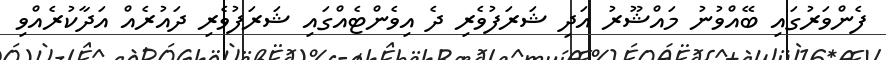
ފެންވަރުގައި ބޭއްވުނު މައްޝޫރު އަދި ޝަރަފުވެރި ދެ އިވެންޓެއްގައި ޝަރަފުވެރި ދައުރެއް އަދާކުރެއްވި